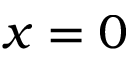
x = 0